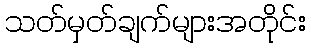
သတ်မှတ်ချက်များအတိုင်း